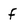
Character: f